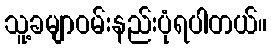
သူ့ခမျာဝမ်းနည်းပုံရပါတယ်။